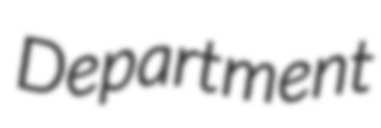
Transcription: Department